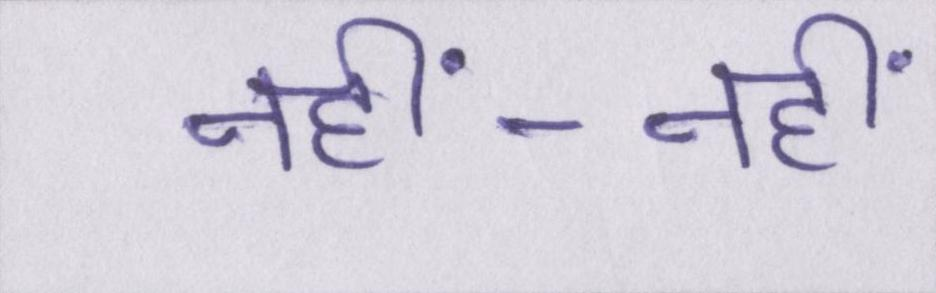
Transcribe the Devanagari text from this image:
नहीं-नहीं